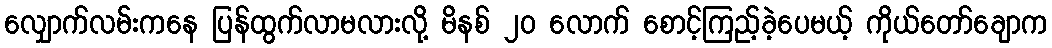
လျှောက်လမ်းကနေ ပြန်ထွက်လာမလားလို့ မိနစ် ၂၀ လောက် စောင့်ကြည့်ခဲ့ပေမယ့် ကိုယ်တော်ချောက